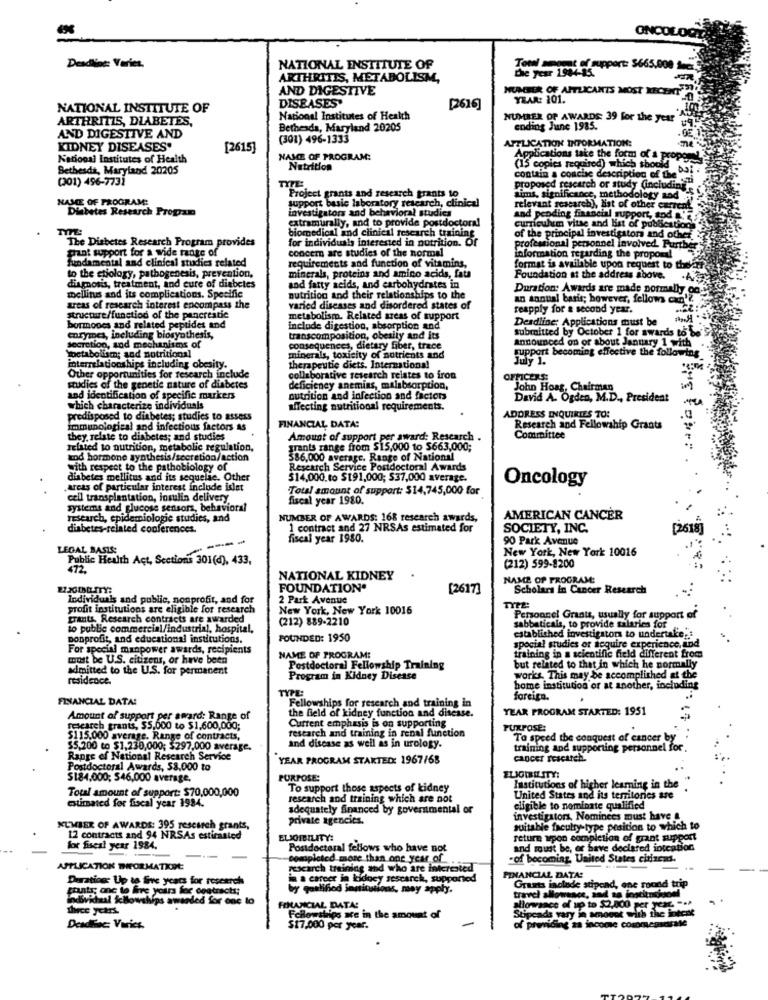
ONCOLOG
Deadline: Varies.
NATIONAL INSTITUTE OF
Die year 1984-15.
Total sport of support: $665.000 Anex.
ARTHRITIS, METABOLISM,
AND DIGESTIVE
NUMBER OF APTLICANTS MOST RECENT
DISEASES
YEAR: 101.
NATIONAL INSTITUTE OF
[2616]
ARTHRITIS, DIABETES,
National Institutes of Health
NUMBER OF AWARDS: 39 for the year
AND DIGESTIVE AND
Bethesda, Maryland 20205
ending June 1985.
(301) 496-1333
APPLICATION INFORMATION:
KIDNEY DISEASES.
[2615]
National Institutes of Health
NAME OF PROGRAM:
Applications take the form of a proper
Bethesda, Maryland 20205
Nutrition
(15 copies required) which should
(301) 496-7731
contain a conche description ofthe
TYTE:
proposed research or study (including"
E OF PROGRAM:
Project grants and research grants to
support basic laboratory research, clinical
sims, significance, methodology sad a
Diabetes Research Program
relevant sescareb), list of other current
investigators and behavioral studies
extramurally, and to provide postdoctoral
and pending financial support, sod '
TYPE
curriculum vitae and Hat of publications
The Diabetes Research Program provides
biomedical and clinical research training
for individuals interested in nutrition. Of
of the principal investigator and other
print support for a wide range of
concer are studies of the normal
profestional personnel Involved. Further
fundamental and clinical studies related
requirements and function of vitamins,
information regarding the proposal
minerals, proteins and amino acids, fat
format is available upon request to the
to the etiology, pathogenesis, prevention,
Foundation at the address above.
diagnosis, treatment, and cure of diabetes
and fatty acids, and carbohydrates in
Duration: Awards are made normally o
mellitus and its complications. Specific
nutrition and their relationships to the
an annual basis; however, fellows can' ?.
areas of research interest encompass the
varied diseases and disordered states of
teapply for a second year.
structure/function of the pancreatie
metabolism. Related areas of support
Deadline: Applications must be
bormones and related peptides and
include digestion, absorption and
submitted by October 1 for awards to be'
enrymes, including biosynthesis,
transcomposition, obesity and its
announced on or about January 1 with
Yoetabolism; and nutritional
Secretion, and mechanisms of
consequences, dietary fiber, trace
support becoming effective the following
minerals, toxicity of nutrients and
July 1.
interrelationships including obesity.
therapeutic diets. International
Other opportunities for research include
collaborative research relates to iron
OFFICERS:
studies of the genetic nature of diabetes
deficiency anemins, malabsorption,
John Hoag, Chairman
and identification of specific markers
nutrition and infection and factors
David A. Ogden, M.D ., President
which characterize individuals
affecting nutritional requirements.
predisposed to diabetes; studies to assess
ADDRESS INQUIRIES TO:
immunological and infectious factors As
FINANCIAL DATA:
Research and Fellowship Grants
they relate to diabetes; and studies
Amount of support per award: Research
Committee
related to nutrition, metabolic regulation,
grants range from $15,000 to $663,000;
md hormone synthesis/sceration/action
586,000 average. Range of National
with respect to the pathobiology of
Research Service Postdoctoral Awards
diabetes mellitus and its sequelie. Other
514,000.to $191,000; $37,000 average.
areas of particular interest include islet
Total amount of support: $14,745,000 for
Oncology
cell transplantation, insulin delivery
fiscal year 1980.
systems and glucose sensors, behavioral
research, epidemiologie studies, and
NUMBER OF AWARDS: 168 research awards,
AMERICAN CANCER
diabetes-related conferences.
1 contract and 27 NRSAs estimated for
SOCIETY, INC.
[2618]
----
fiscal year 1980.
90 Park Avenue
LEGAL BASIS:
New York, New York 10016
Public Health Act, Sections 301(d), 433,
(212) 599-8200
NATIONAL KIDNEY
NAME OF PROGRAM:
FOUNDATION
[2617]
Scholars In Cancer Research
Individuals and public, nonprofit, and for
2 Park Avenue
profit institutions are eligible for research
New York, New York 10016
grants Research contracts are awarded
(212) 889-2210
Personnel Grants, usually for support of
sabbaticals, to provide salaries for
to public commercial/industrial, hospital,
established investigator to undertake .:
ponprofit, and educational institutions.
FOUNDED: 1950
spocial studies or sequire experience, and
For special manpower awards, recipients
training in a scientific field different from
must be U.S. citizens, or have been
NAME OF PROGRAM:
admitted to the U.S. for permanent
Postdoctoral Fellowship Training
but related to that in which he normally
residence.
Program in Kidney Disease
works. This may be accomplished at the
TYPE:
home institution or at another, including
FINANCIAL DATA!
foreign.
Fellowships for research and training in
the field of kidney function and disease.
YEAR PROGRAM STARTED: 1951
Amount of support per award: Range of
Current emphasis is on supporting
research grants, $5,000 to $1,600,000;
PURPOSE:
$115.000 average. Range of contracts,
research and training in renal function
To speed the conquest of cancer by
$5,200 to $1,230,000; $297,000 average.
and disease as well as in urology.
training and supporting personnel for
Range of National Research Service
YEAR PROGRAM STARTED: 1967/68
cancer rescateh.
Postdoctoral Awards, 58.000 to
$184,000; 546,000 average.
PURPOSE:
ELIGIBILITY:
Total amount of support: $70,000,000
To support those aspects of kidney
Institutions of higher learning in the
research and training which are not
United States and its territories are
estimated for fiscal year 1984.
adequately Sinanced by governmental or
eligible to nominate qualified
private agencies.
investigators, Nominees must have &
NUMBER OF AWARDS: 395 research grants,
suitable faculty-type position to which to
12 contracts and 94 NRSAs estimated
ELSOIBILITY:
retur upon completion of grant support
for fiscal year 1984.
Postdoctoral fellows who have not
and roust be, or ba
and must be, or have declared inteation
completed more than one year of.
"of becoming, United States citfarad.
APPLICATION TRORMATKDE
rescarch training and who are interested
Derating: Up to five years for research
in a career in kidney sescarck, supported
FINANCIAL DATA:
Grants include stipend, ene round trip
ttanti; one to five yours fer ogatracts;
by qualifiod jnminations, may apply.
bridal kllowships awsaded for one to
thece years.
FELAMICIAL DATA!
allowance of up to $2,800 per year- - a
Stipeads vary in smoest with the intest
Fellowships ace in the amount of
of providing za income cosomessarate
Deadfiac: Varies.
$17,000 per year.